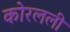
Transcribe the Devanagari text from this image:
कोरलली